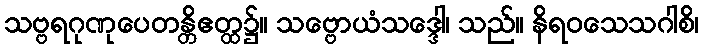
သဗ္ဗရဂုဏုပေတန္တိဧတ္ထ၌။ သဗ္ဗောယံသဒ္ဒေါ၊ သည်။ နိရဝသေသဂါစိ၊